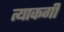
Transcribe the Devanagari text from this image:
त्याकगी